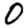
Digit: 0